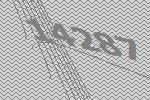
14287